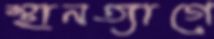
স্থানত্যাগে